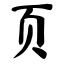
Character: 页